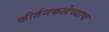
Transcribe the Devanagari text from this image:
कीर्तनकलेच्याच